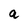
Character: q